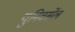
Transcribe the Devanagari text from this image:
युनिवर्सेल